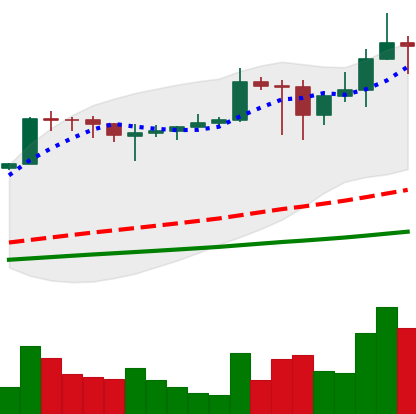
Ticker: ADA-USD
Chart end date: 2021-02-28
Forward return: -10.667%
Label: down_7plus